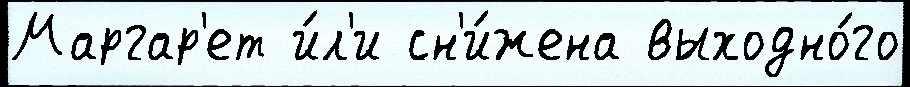
Маргар'ет и́л'и сн'и́жена выходно́го